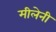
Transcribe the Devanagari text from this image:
मीलेनी